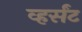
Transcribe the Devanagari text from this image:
व्हर्संट